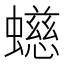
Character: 䗹